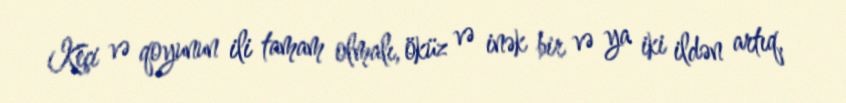
Keçi və qoyunun ili tamam olmalı, öküz və inək bir və ya iki ildən artıq,